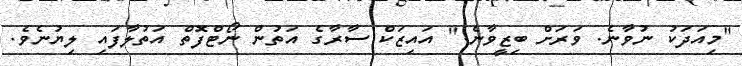
"މިއަދަކު ނުވާނެ. ވަރަށް ބިޒީވާނެ." އައިޒަކް ސާރާގެ އަތުން ނޯޓްފޮތް އަތުލާފައި ލިޔުނެވެ.